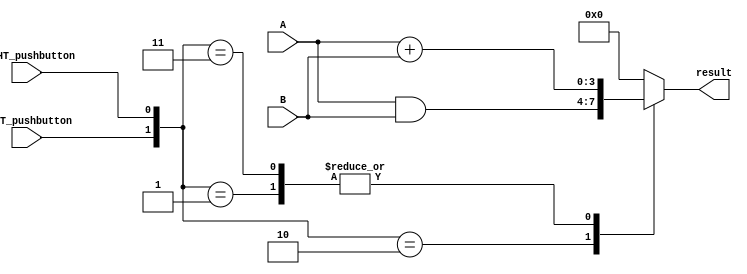
module lab1_top (
  input LEFT_pushbutton,
  input RIGHT_pushbutton,
  input [3:0] A,
  input [3:0] B,
  output reg [3:0] result
);

wire[3:0] anded_result;
wire[3:0] added_result;
  
assign anded_result = A & B;
assign added_result = A + B;
  
always @* begin
  case( {LEFT_pushbutton, RIGHT_pushbutton} )
    2'b01: result = added_result;
    2'b10: result = anded_result;
    2'b11: result = added_result;
    default: result = 4'b0;
  endcase
end

endmodule